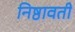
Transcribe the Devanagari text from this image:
निष्ठावती